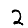
Digit: 2